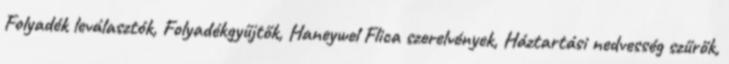
Folyadék leválasztók, Folyadékgyűjtők, Haneywel Flica szerelvények, Háztartási nedvesség szűrők,